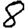
Digit: 8